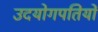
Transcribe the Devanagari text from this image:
उदयोगपतियों